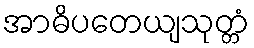
အာဓိပတေယျသုတ္တံ